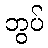
ဘွပ်